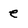
Character: e